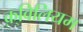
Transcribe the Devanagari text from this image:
क़्विलियम